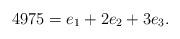
LaTeX: \begin{align*} 4975 = e_{1} + 2e_{2} + 3e_{3}.\end{align*}